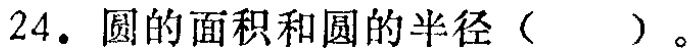
24. 圆的面积和圆的半径（  ）。